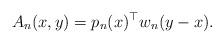
LaTeX: \begin{align*}A_n(x,y) = p_n(x)^\top w_n(y-x).\end{align*}